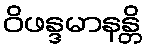
ဝိဖန္ဒမာနန္တိ